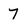
Character: 7